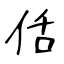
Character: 佸